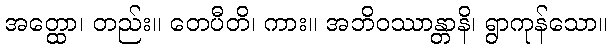
အတ္ထော၊ တည်း။ တေပီတိ၊ ကား။ အဘိဝဿာန္တာနိ၊ ရွာကုန်သော။